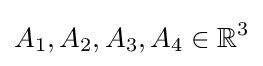
A_{1},A_{2},A_{3},A_{4}\in \mathbb {R} ^{3}